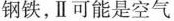
钢铁，Ⅱ可能是空气